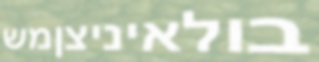
בולאיניצןמש